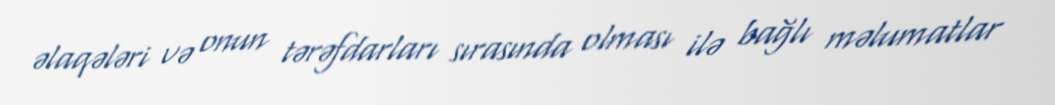
əlaqələri və onun tərəfdarları sırasında olması ilə bağlı məlumatlar